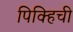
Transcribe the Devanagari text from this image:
पिक्हिची